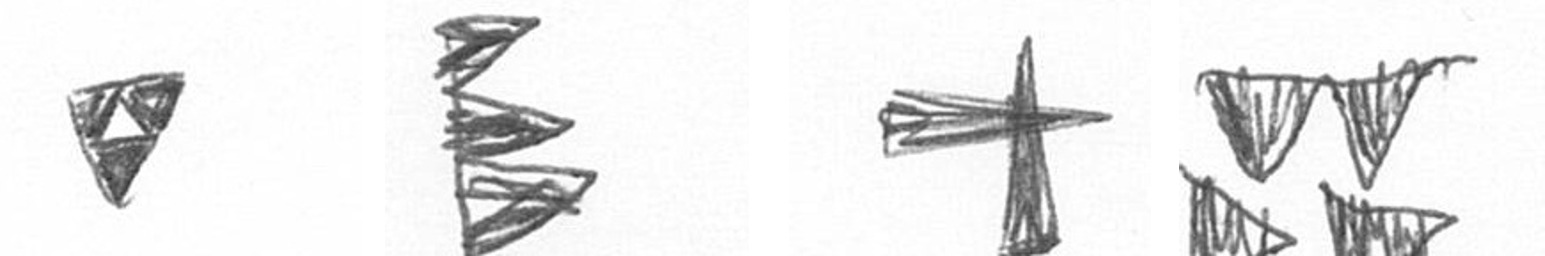
S H G B